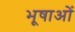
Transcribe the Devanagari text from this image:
भूषाओं